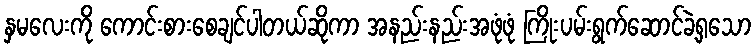
နှမလေးကို ကောင်းစားစေချင်ပါတယ်ဆိုကာ အနည်းနည်းအဖုံဖုံ ကြိုးပမ်းရွက်ဆောင်ခဲ့ရှသော